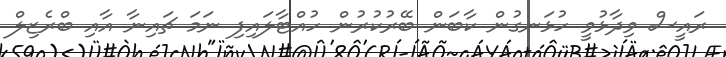
ރައީސް ވިދާޅުވީ ހުޅަނގުން ކާބަން ބޭރުކުރުން ހުއްޓާލައިފި ނަމަ ޗައިނާ އާއި ބްރެޒިލް